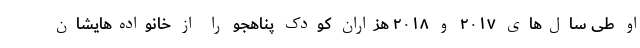
او طی سال‌های ۲۰۱۷ و ۲۰۱۸ هزاران کودک پناهجو را از خانواده‌هایشان